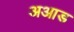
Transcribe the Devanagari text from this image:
अआड